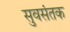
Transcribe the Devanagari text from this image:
सुवसंतक